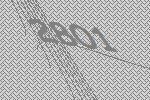
2801